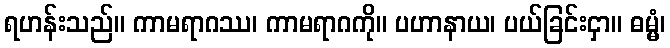
ရဟန်းသည်။ ကာမရာဂဿ၊ ကာမရာဂကို။ ပဟာနာယ၊ ပယ်ခြင်းငှာ။ ဓမ္မံ၊